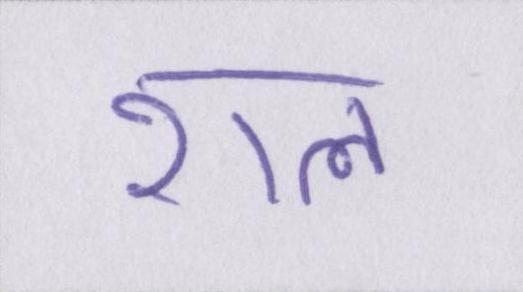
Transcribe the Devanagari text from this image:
राल